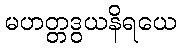
မဟတ္တဒွယနိရယေ